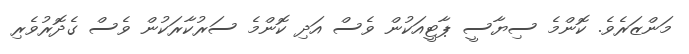
މަންޒަރެވެ. ކޮންމެ ސިޔާސީ ޕާޓީއަކުން ވެސް އަދި ކޮންމެ ސަރުކާރަކުން ވެސް ގެދޮރުވެރި